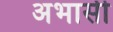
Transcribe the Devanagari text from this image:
अभासी